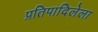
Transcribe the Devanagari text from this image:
प्रतिपादिलेला